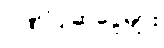
ဂုဏ်ပြုဆုငွေများ